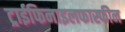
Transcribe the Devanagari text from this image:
ट्राईफिनाइलफास्फीन